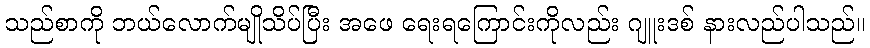
သည်စာကို ဘယ်လောက်မျိုသိပ်ပြီး အဖေ ရေးရကြောင်းကိုလည်း ဂျူးဒစ် နားလည်ပါသည်။